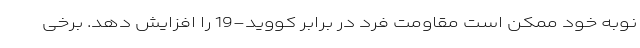
نوبه خود ممکن است مقاومت فرد در برابر کووید-19 را افزایش دهد. برخی